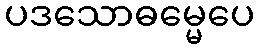
ပဒသောဓမ္မေပေ